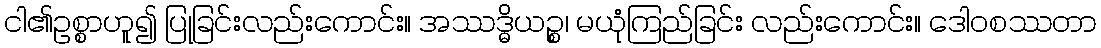
ငါ၏ဥစ္စာဟူ၍ ပြုခြင်းလည်းကောင်း။ အဿဒ္ဓိယဉ္စ၊ မယုံကြည်ခြင်း လည်းကောင်း။ ဒေါဝစဿတာ